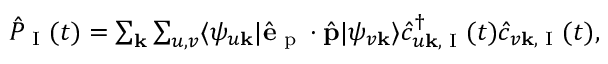
\begin{array} { r } { \hat { P } _ { \textrm { I } } ( t ) = \sum _ { \mathbf { k } } \sum _ { u , v } \langle \psi _ { u \mathbf { k } } | \hat { \mathbf { e } } _ { \textrm { p } } \cdot \hat { \mathbf { p } } | \psi _ { v \mathbf { k } } \rangle \hat { c } _ { u \mathbf { k } , \textrm { I } } ^ { \dagger } ( t ) \hat { c } _ { v \mathbf { k } , \textrm { I } } ( t ) , } \end{array}